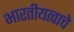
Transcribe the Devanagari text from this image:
भारतीयत्वाचे